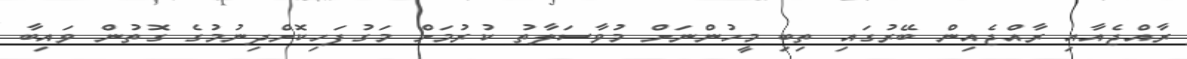
ރާއްޖެއާއި ރާއްޖެއިން ބޭރުގައި ތިބި މީހުންނަށް މުވާސަލާތު ކުރުމަށް މަގުފަހިކޮށްދިނުމުގެ ގޮތުން ވައިބާ